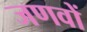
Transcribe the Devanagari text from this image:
जणवों